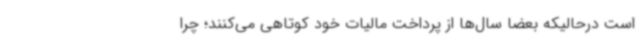
است درحالیکه بعضا سال‌ها از پرداخت مالیات خود کوتاهی می‌کنند؛ چرا